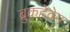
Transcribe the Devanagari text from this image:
ब्रुकहेवेन